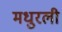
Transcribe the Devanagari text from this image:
मधुरली